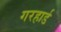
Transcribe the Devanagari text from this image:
गरहार्ड